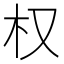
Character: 权